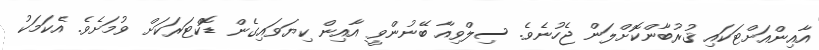
އާއިންއަށްޓަކައި ޤުރުބާންކޮށްލަން ޖެހުނެވެ. ސިލްވިއާ ބޭނުންވީ އާއިން ކިޔަވައިގެން ޑޮކްޓަރަކަށް ވުމަށެވެ. އެކަމަކު